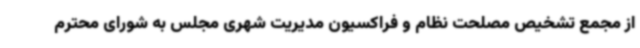
از مجمع تشخیص مصلحت نظام و فراکسیون مدیریت شهری مجلس به شورای محترم